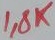
Text: 1,8K